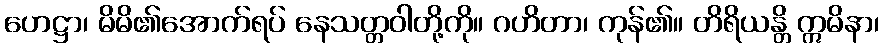
ဟေဋ္ဌာ၊ မိမိ၏အောက်ရပ် နေသတ္တဝါတို့ကို။ ဂဟိတာ၊ ကုန်၏။ တိရိယန္တိ ဣမိနာ၊